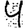
Digit: 4